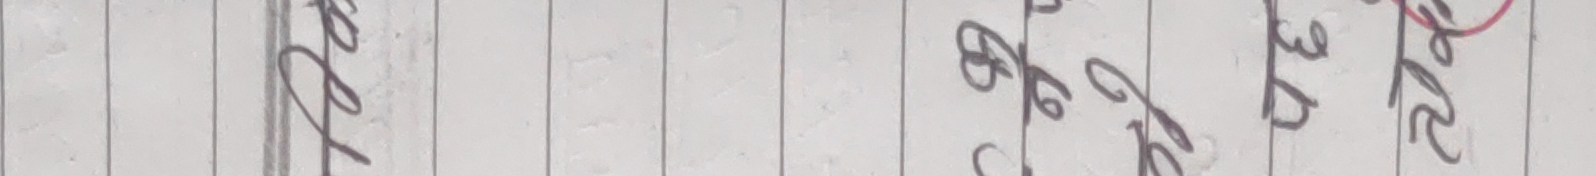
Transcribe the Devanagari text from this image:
पुल ३६३१ ३६३२ ३६३०